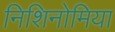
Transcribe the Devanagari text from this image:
निशिनोमिया